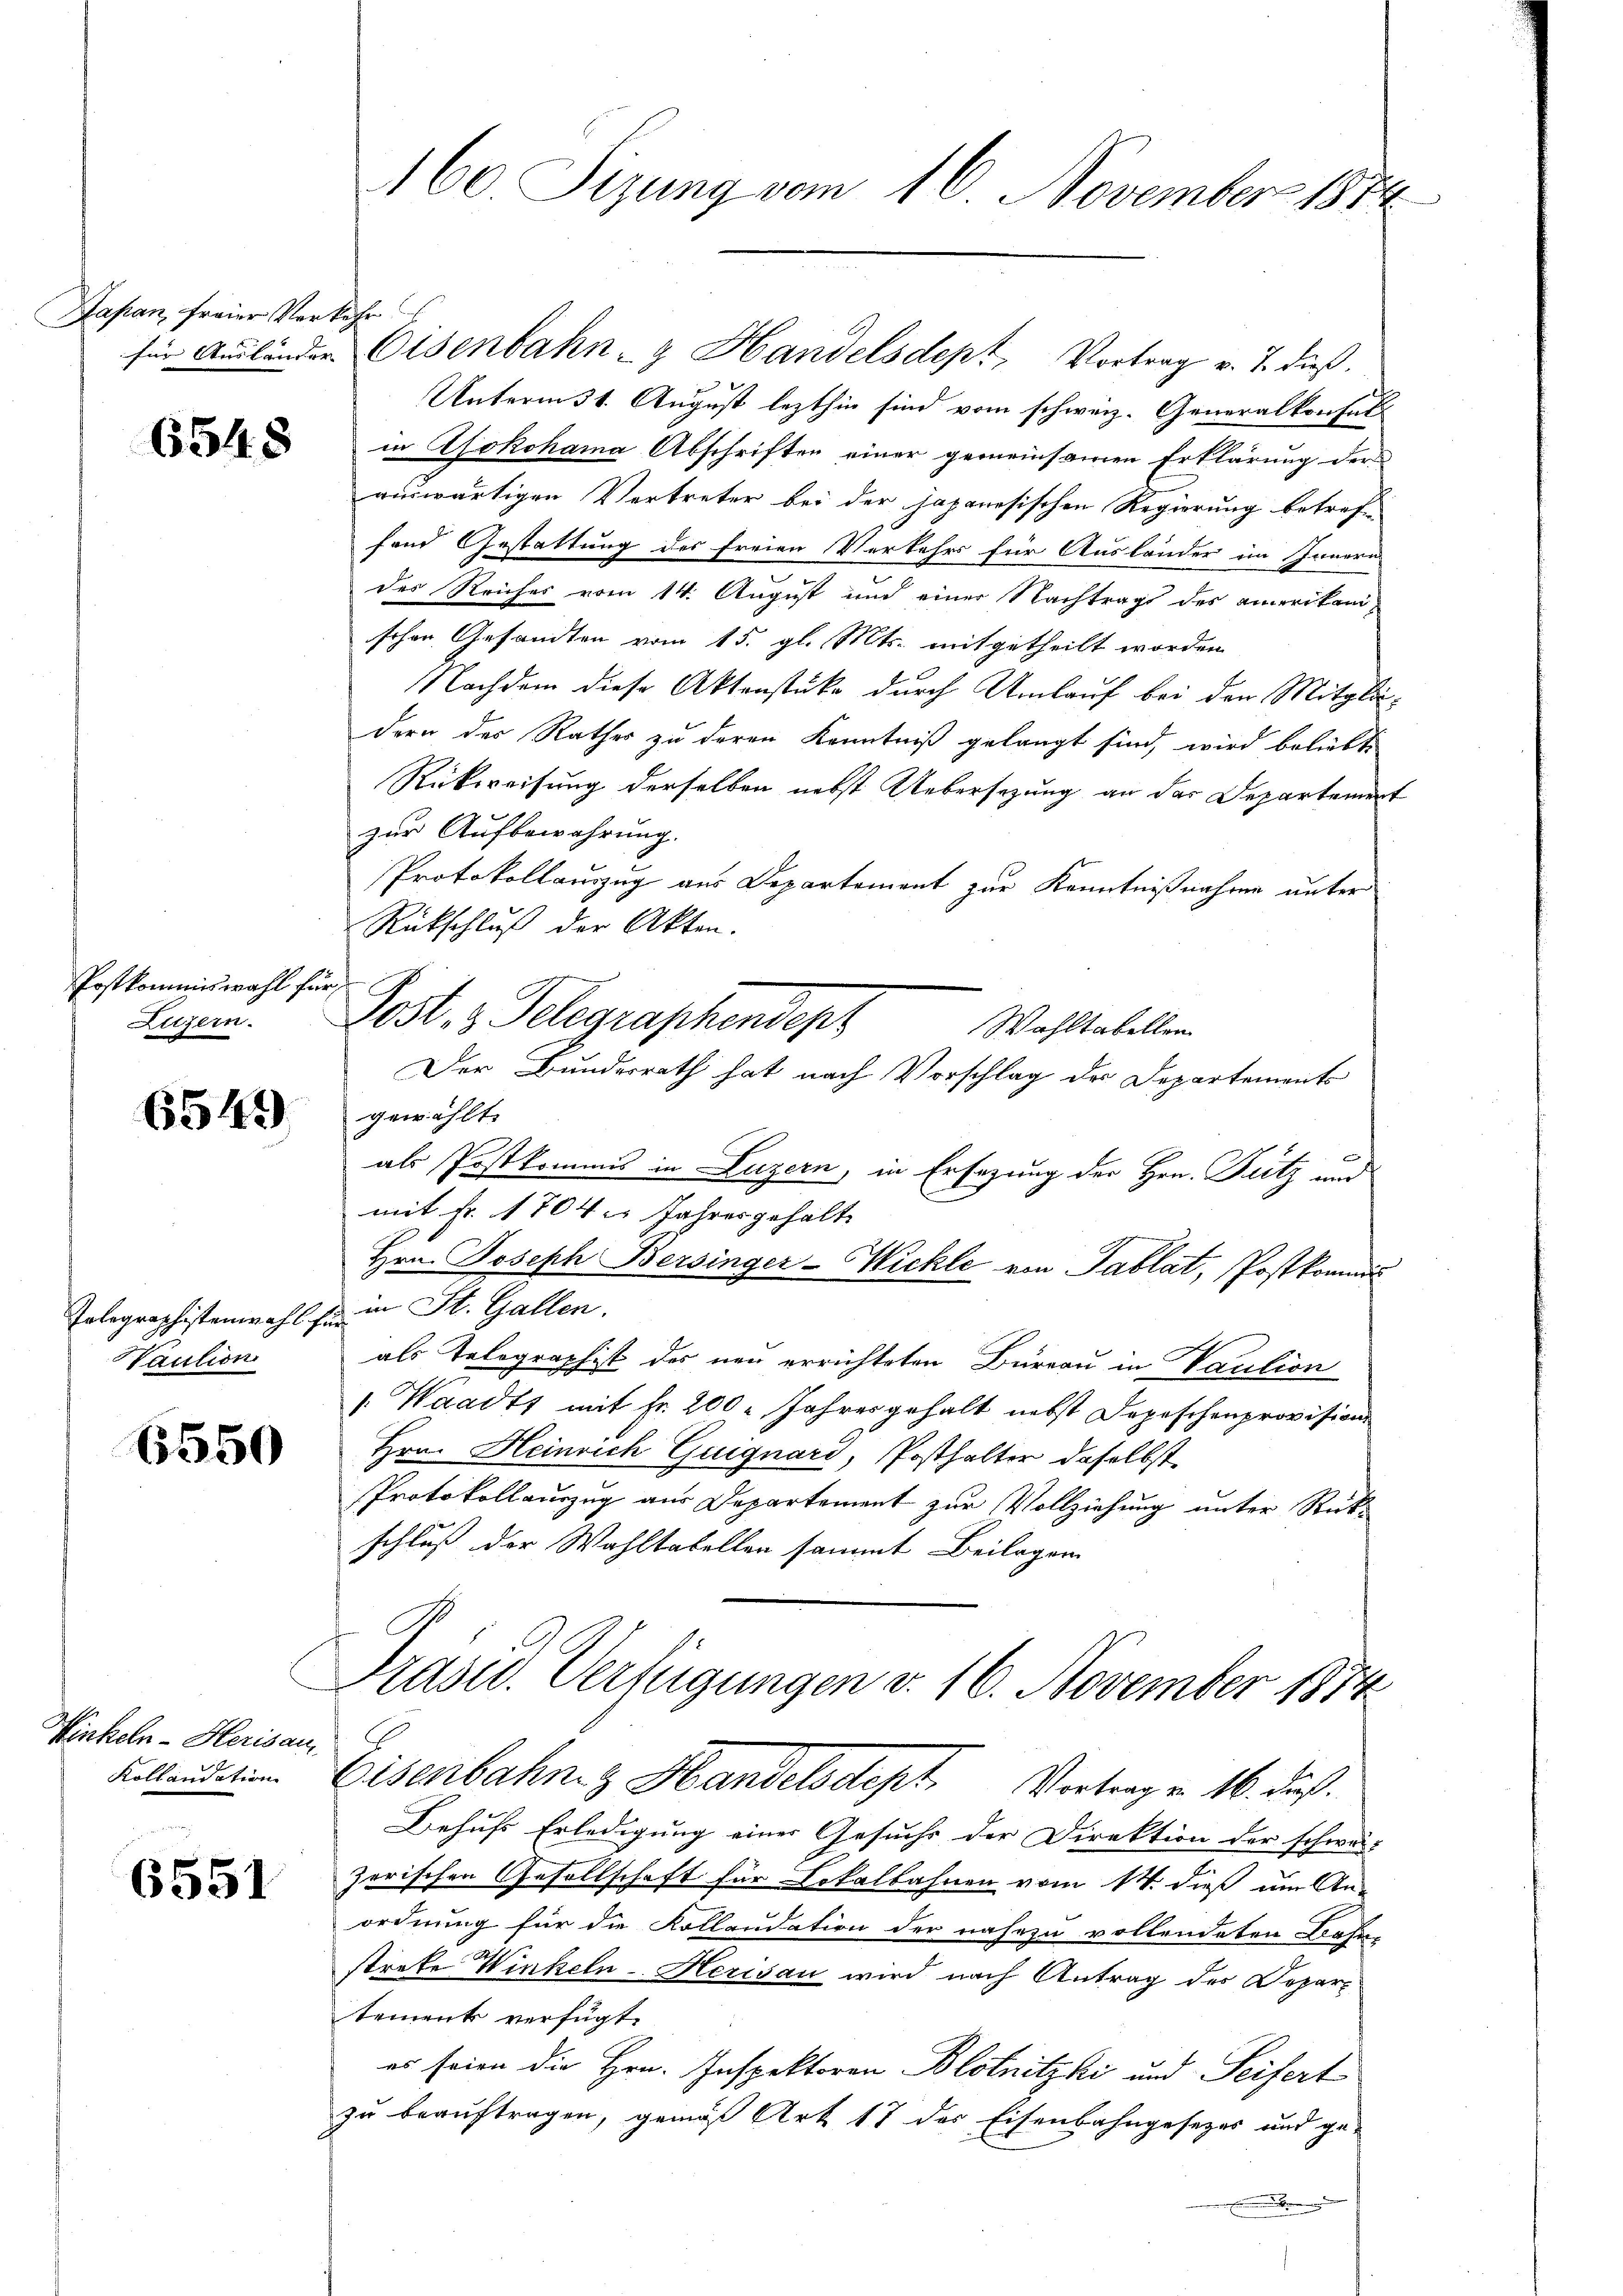
Japan, freier Verkehr

6548

Postkommiswahl für
Luzern.

6549

Haution

6550

Winkeln - Herisau
Kollandation

6551

für Aŭsländer Eisenbahn- Handelsdept, Vortrag v. J. dieß.
n
Unterm 31. August lezthin sind vom schweiz. Generalkonsul
in Yokohama Abschriften einer gemeinsamen Erklärung der
ainwärtigen Vertreter bei der japanesischen Regierung betref-
fand Gestattung des Freien Verkehrs für Ausländer im Innern
des Reiches vom 14. August und einer Nachtrags des amerikani-
schen Gesandten vom 15. gl. Mts. mitgetheilt worden
Nachdem diese Aktenstüke durch Umlauf bei den Mitgliedern der Rathes zu deren Kenntniß gelangt sind, wird beliebt
Rückweisung derselben nebst Uebersezung an das Departement
zur Aufbewahrung.
Protokollauszug aus Departement zur Kenntnißnahme unter
Rückschluß der Akten.
Wahltabellen.
Der Bundesrath hat nach Vorschlag der Departements
gewählt.
als Postkommis in Luzern, in Ersezung der Hrn. Putz und
mit Fr. 1704 u. Jahres gehalt
Hrn. Joseph Bersinger-Wickle von Tablat, Postkommu¬
Telegraphistenwahl zu in St. Gallen.
als Telegraphist des neu errichteten Bureau in Vaution
Waadts mit Fr. 200. Jahres gehalt nebst Depeschenprovision
Hrn. Heinrich Guignare, Posthalter daselbst
Protokollauszug aus Departement zur Vollziehung unter Rück-
schluß der Wahltabellen sammt Beilagen
Präsid. Verfügungen v. 16. November 1874
Eisenbahn z Handelsdept. Vortragen 16. Fuß.
Behufs Erledigung einer Gesuchs der Direktion der schwärz
zerischen Gesellschaft für Lokalbahnen vom 14. dieß um An-
ordnung für die Kollaudation der nahezu vollendeten Bahn-
streke Winkeln-Herisau wird nach Antrag des Departement verfügt:
es seien die Hrn. Inspektoren Blotnitzki und Seifert
zu beauftragen, gemäß Art 17 der Eisenbahngesezes und ge-
E

160. Sizung vom 16. November 1874

Post, z. Telegraphendept